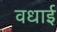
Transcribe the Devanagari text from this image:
वधाई